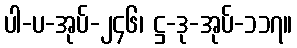
ပါ-ပ-အုပ်-၂၄၆၊ ဋ္ဌ-ဒု-အုပ်-၁၁၇။